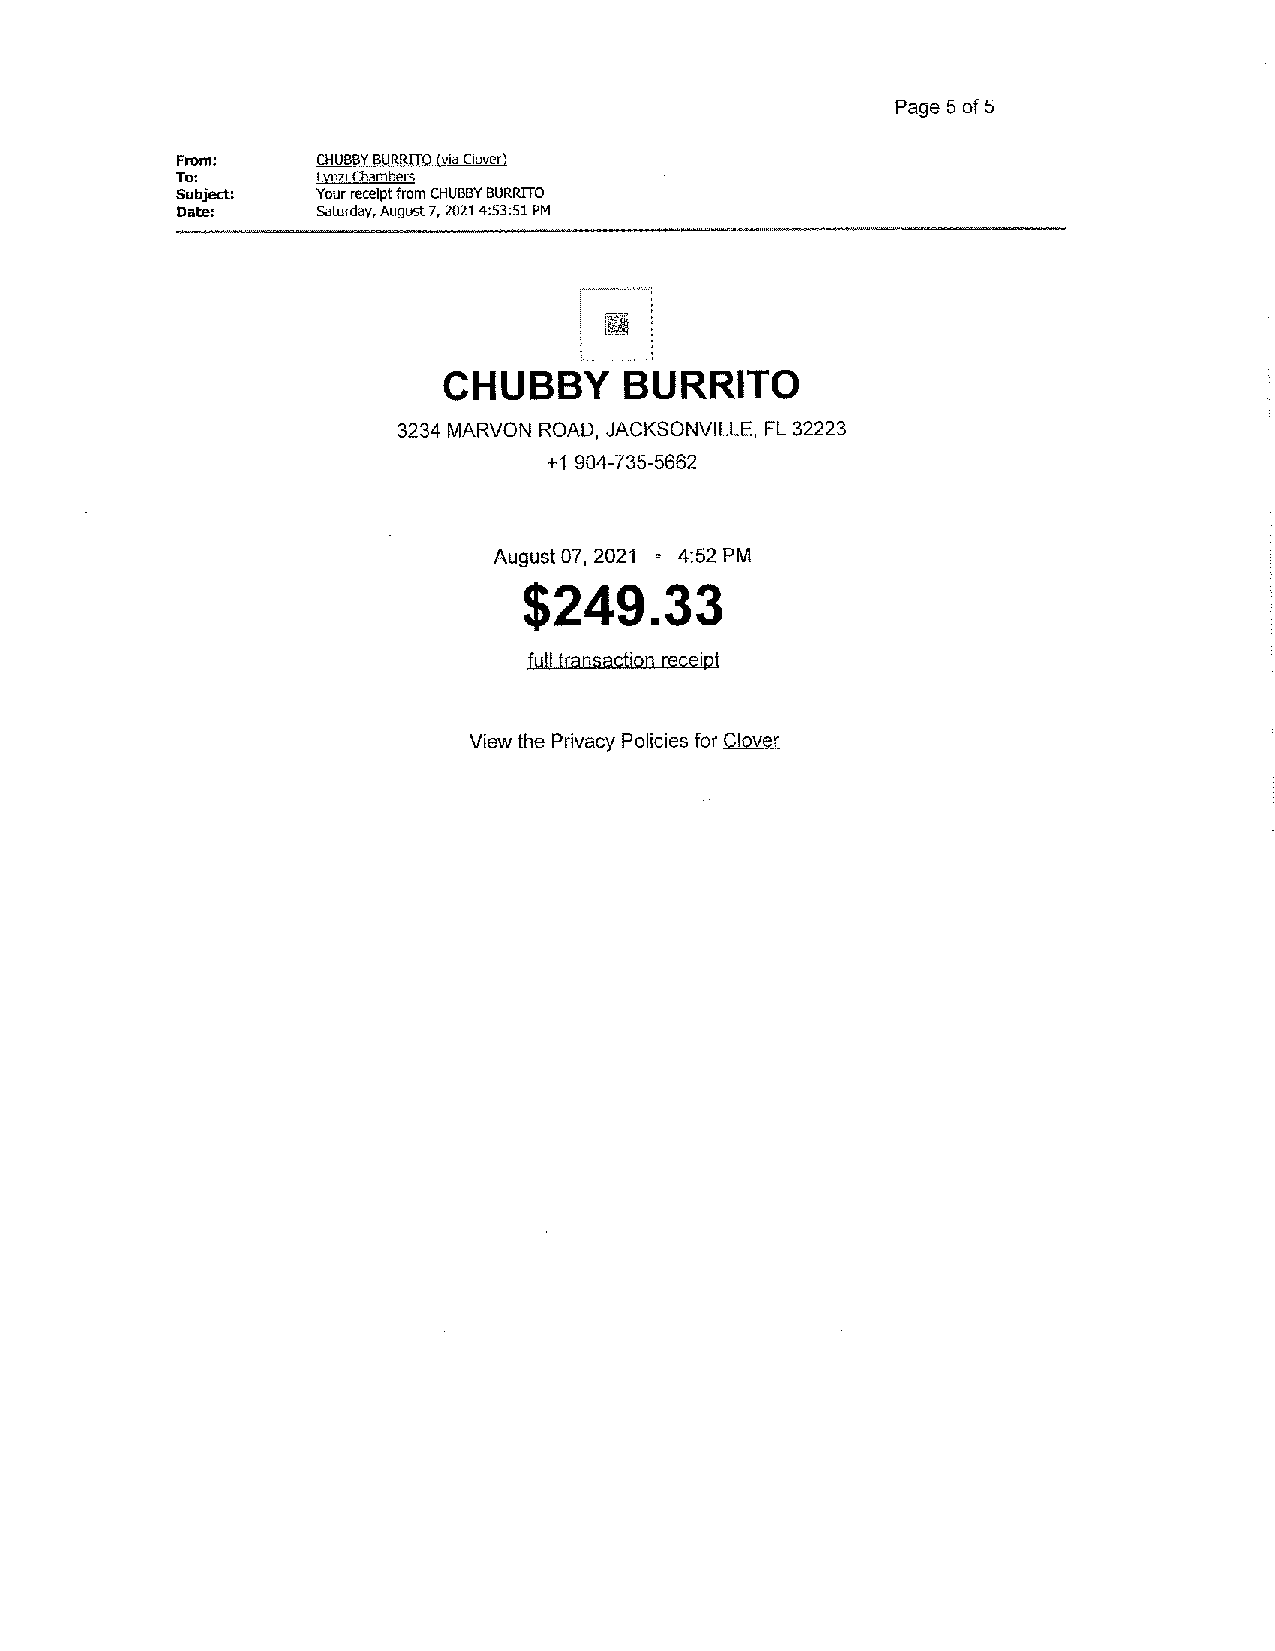
Page 5 of 5
 From:    CHUBBYB URRITO( via Clow~r)
 To:      Lynzi Chambers
 Subject: Your receipt from CHUBBYB URRITO
 Date:    Saturday, August 7, 202.14:53:51 PM
 CHUBBY      BURRITO
 3234 MARVON ROAD, JACKSONVILLE, FL 32223
 +1 904-735-5662
 August 07, 2021 ° 4:52 PM
 $249.33
 full transactionr eceipt
 View the Privacy Policies for .G1=